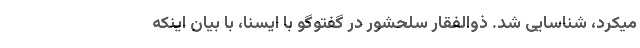
میکرد، شناسایی شد. ذوالفقار سلحشور در گفتوگو با ایسنا، با بیان اینکه